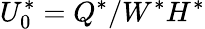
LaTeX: U_{0}^{*}=Q^{*}/W^{*}H^{*}